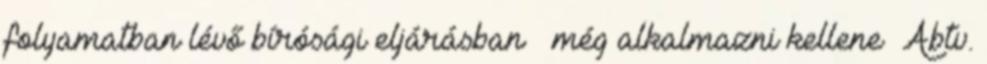
folyamatban lévő bírósági eljárásban – még alkalmazni kellene Abtv.